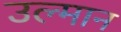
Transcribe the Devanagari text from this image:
उल्मान